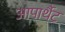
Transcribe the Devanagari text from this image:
आपार्थैट